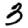
Digit: 3